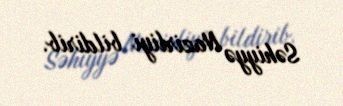
Səhiyyə Nazirliyi bildirib.